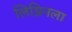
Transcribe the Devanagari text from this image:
लिग्निनला